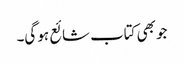
جو بھی کتاب شائع ہو گی۔